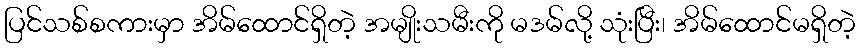
ပြင်သစ်စကားမှာ အိမ်ထောင်ရှိတဲ့ အမျိုးသမီးကို မဒမ်လို့ သုံးပြီး၊ အိမ်ထောင်မရှိတဲ့